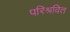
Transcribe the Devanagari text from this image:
परिश्रवित